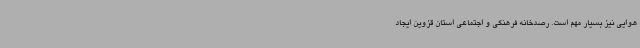
هوایی نیز بسیار مهم است. رصدخانه فرهنگی و اجتماعی استان قزوین ایجاد